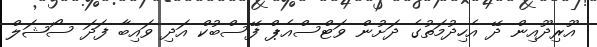
އޫރިދޫއިން ދޭ އެހިދުމަތުގެ ދަށުން ވަޓްސްއެޕް ފޭސްބުކް އަދި ވައިބާ ފަދަ ސޯޝަލް